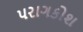
પરાગકોશ